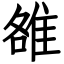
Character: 雒